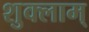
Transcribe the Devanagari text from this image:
शुक्लाम्